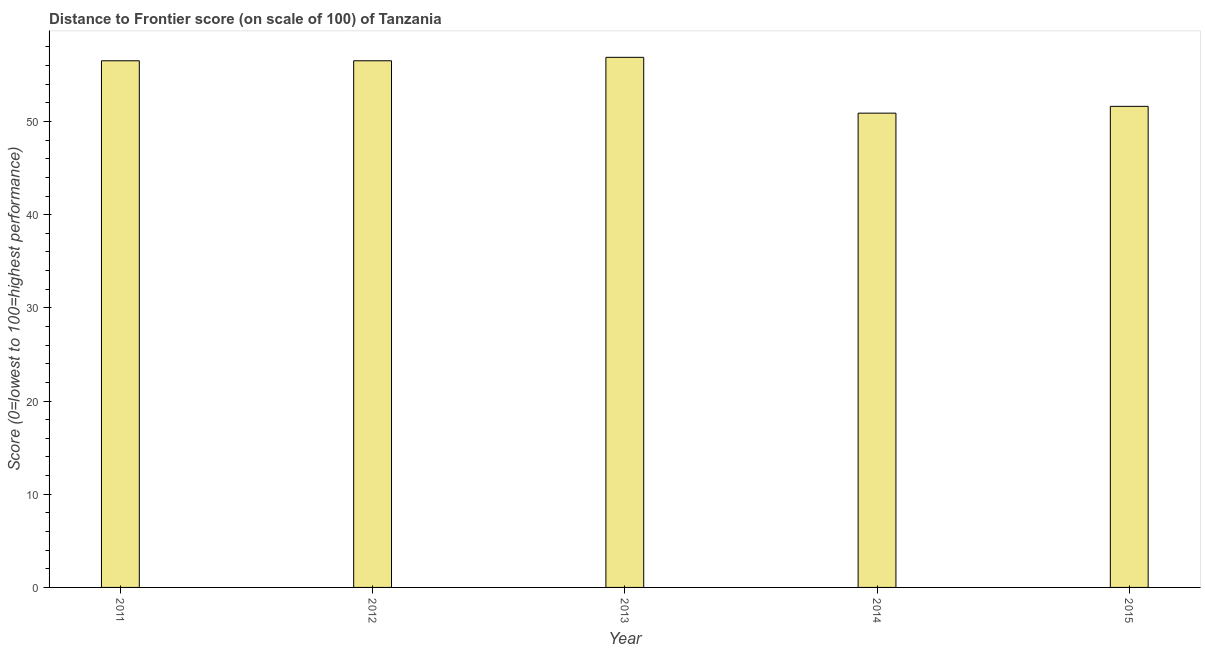
| Year | Distance to frontier score |
 | --- | --- |
 | 2011 | 56.5 |
 | 2012 | 56.5 |
 | 2013 | 56.9 |
 | 2014 | 50.9 |
 | 2015 | 51.6 |